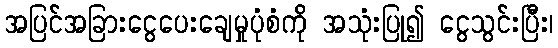
အပြင်အခြားငွေပေးချေမှုပုံစံကို အသုံးပြု၍ ငွေသွင်းပြီး၊